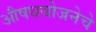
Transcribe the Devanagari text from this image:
औषधयोजनेचे